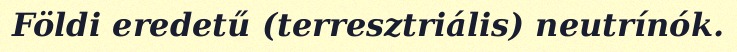
Földi eredetű (terresztriális) neutrínók.